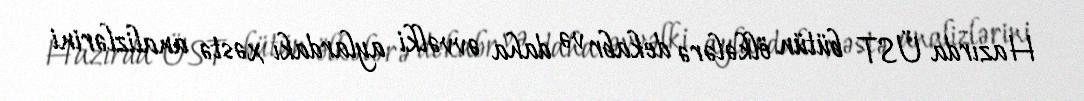
Hazırda ÜST bütün ölkələrə dekabr və daha əvvəlki aylardakı xəstə analizlərini